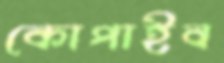
কোপাইব